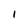
Character: l